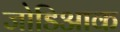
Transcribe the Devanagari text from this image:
जोडिआक